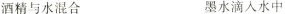
精与水混合 墨水滴入水中